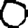
Digit: 0